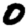
Digit: 0